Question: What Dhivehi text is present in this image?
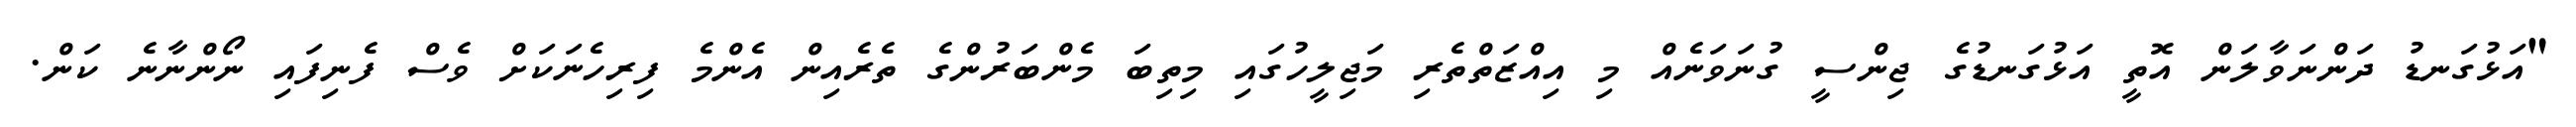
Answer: "އަޅުގަނޑު ދަންނަވާލަން އޮތީ އަޅުގަނޑުގެ ޖިންސީ ގުނަވަނެއް މި އިއްޒަތްތެރި މަޖިލީހުގައި މިތިބަ މެންބަރުންގެ ތެރެއިން އެންމެ ފިރިހެނަކަށް ވެސް ފެނިފައި ނޯންނާނެ ކަން.